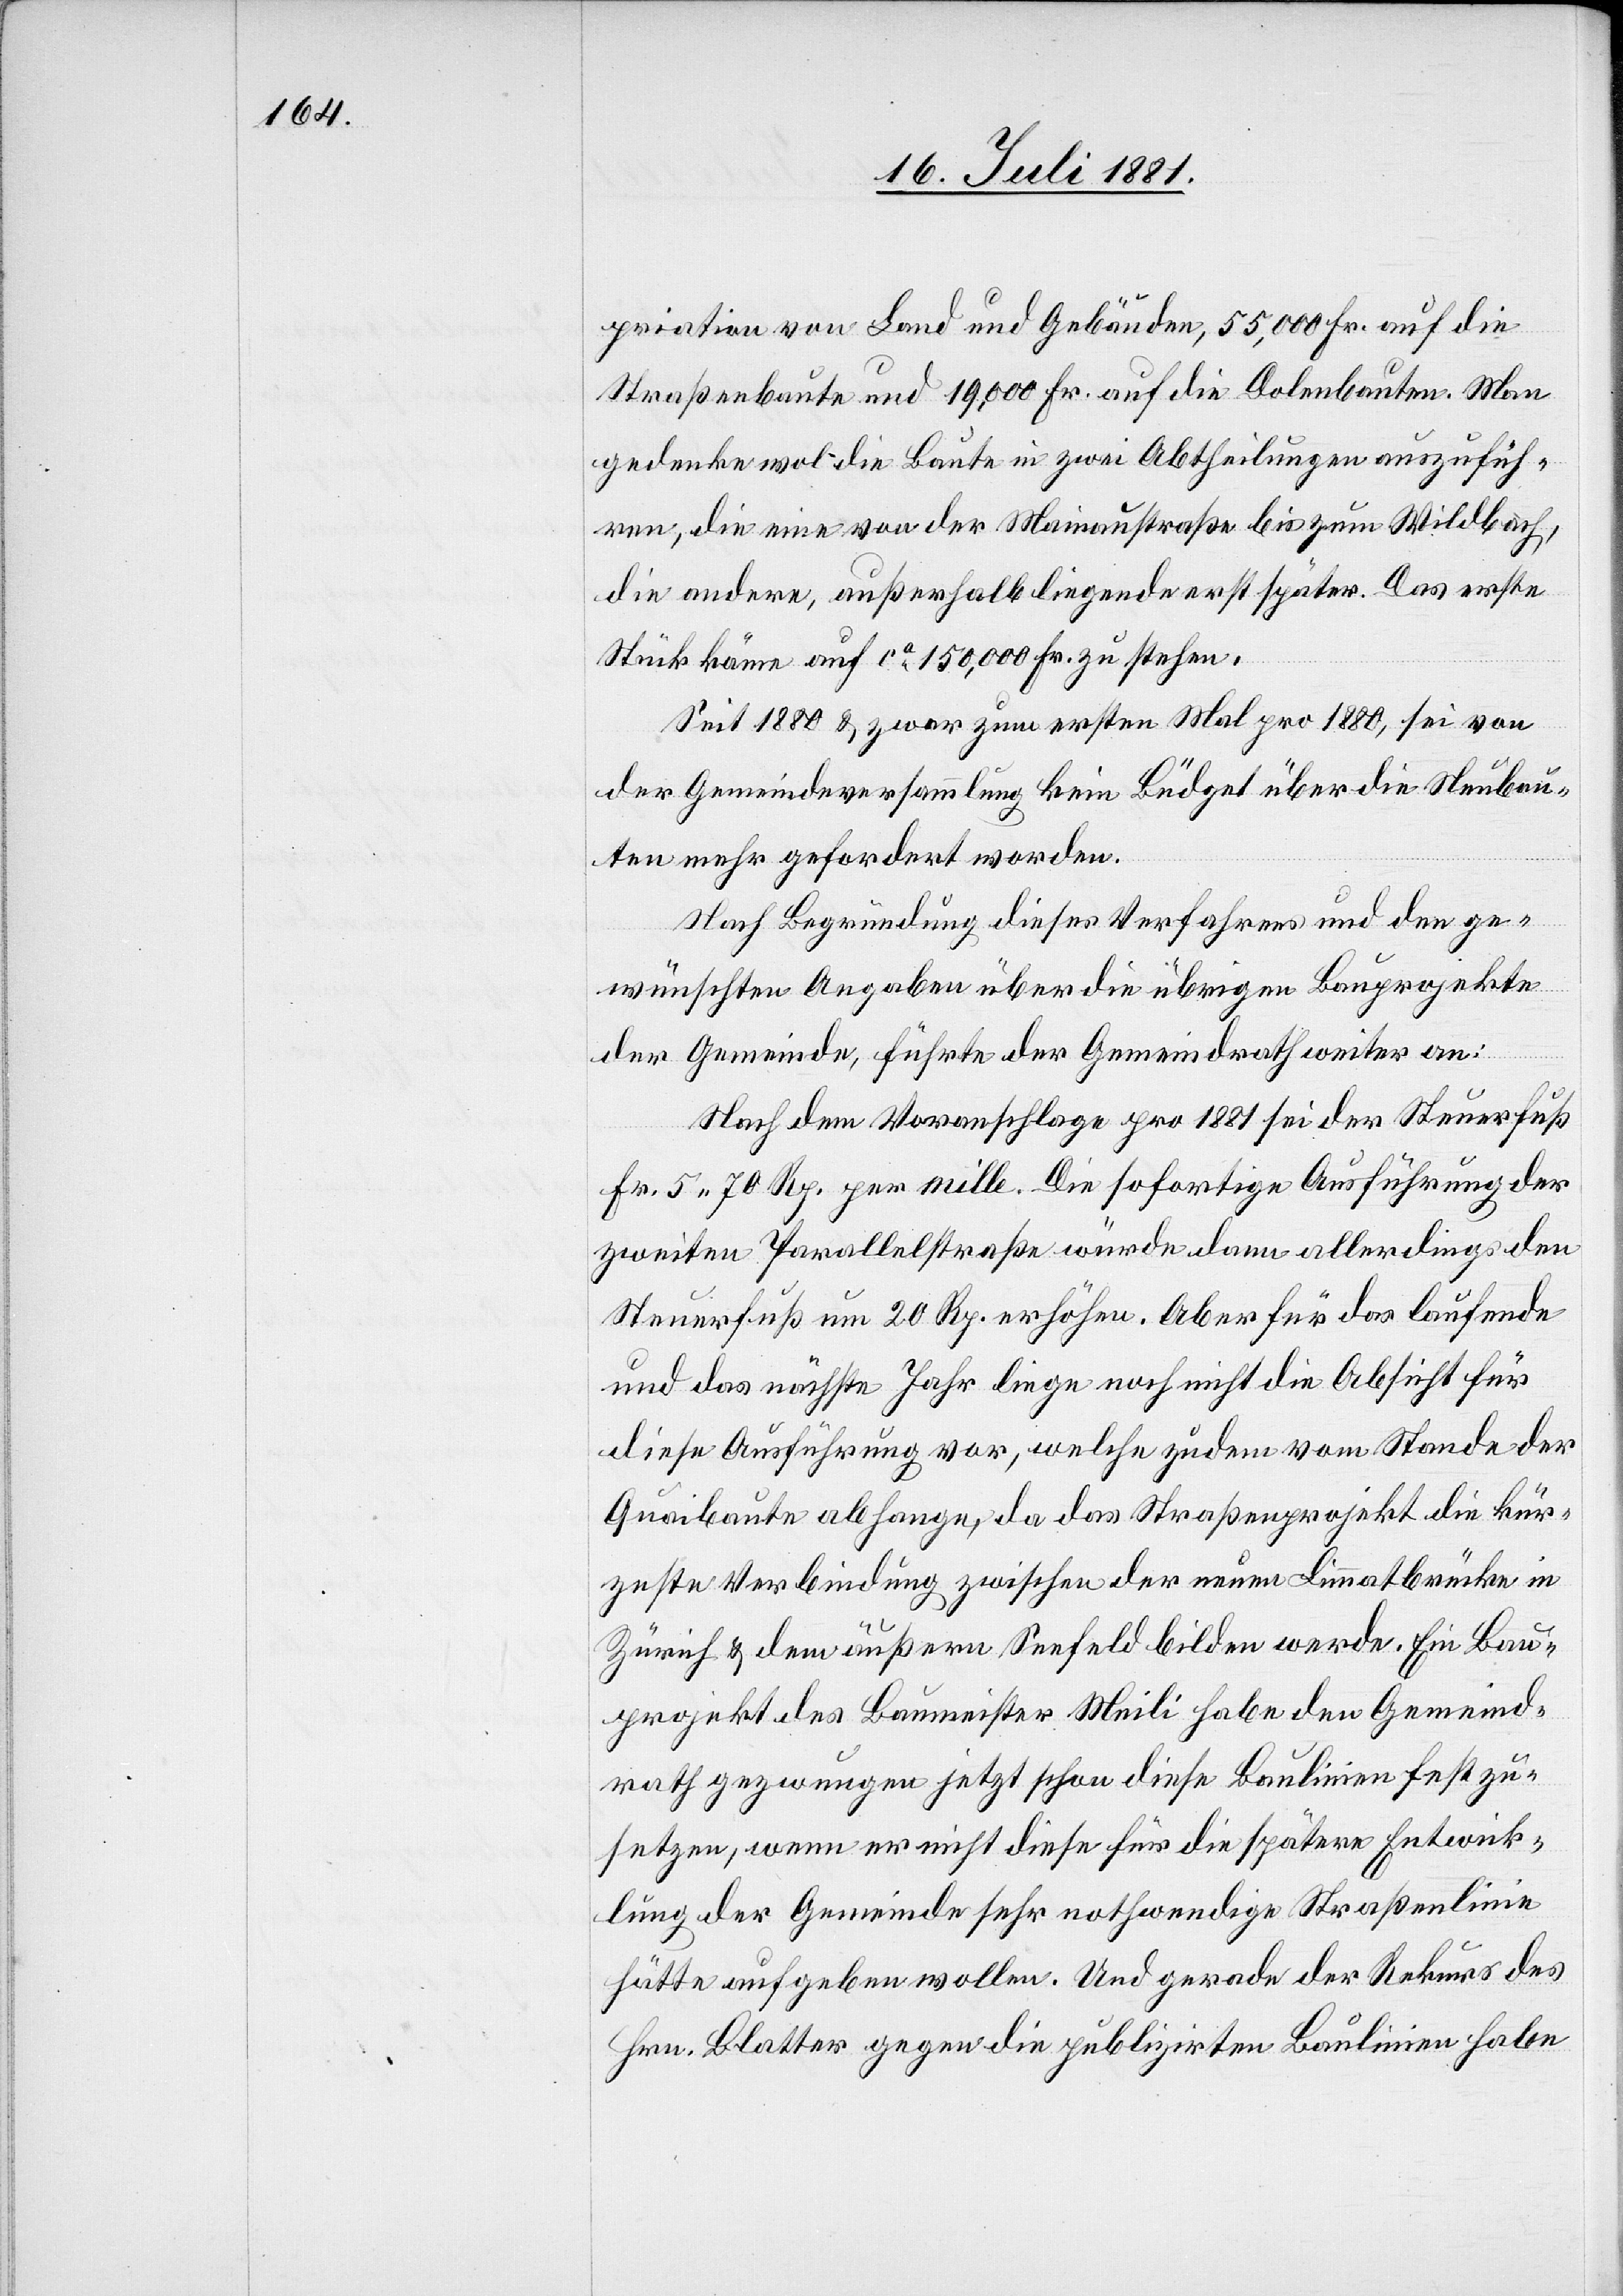
priation von Land und Gebäude, 55,000 Fr. auf die
Straßenbauten und 19,000 Fr. auf die Dolenbauten. Man
gedenke wol die Baute in zwei Abtheilungen auszulief¬
ern, die eine von der Mainaustraße bis zum Wildbach,
die andere, außerhalb liegende erst später. Das erste
Stück käme auf ca 150,000 Fr. zu stehen.
Seit 1880 & zwar zum ersten Mal pro 1880, sei von
der Gemeindeversammlung kein Budget über die Neubau¬
ten mehr gefordert worden.
Nach Begründung dieses Verfahrens und den ge¬
wünschten Angaben über die übrigen Bauprojekte
der Gemeinde, führte der Gemeindrath weiter an:
Nach dem Voranschlage pro 1881 sei der Steuerfuß
Fr. 5 70 Rp. per mille. Die sofortige Ausführung der
zweiten Parallelstraße würde dann allerdings den
Steuerfuß um 20 Rp. erhöhen. Aber für das laufende
und das nächste Jahr liege noch nicht die Absicht für
diese Ausführung vor, welche zudem vom Stande der
Quaibaute abhange, da das Straßenprojekt die kür¬
zeste Verbindung zwischen der neuen Limmatbrücke in
Zürich & dem äußern Seefeld bilden werde. Ein Bau¬
projekt des Baumeister Meili habe den Gemeind¬
rath gezwungen jetzt schon diese Baulinie fest zu¬
setzen , wenn er nicht diese für die spätere Entwick¬
lung der Gemeinde sehr nothwendige Straßenlinie
hätte aufgeben wollen. Und gerade der Rekurs des
Hrn. Blatter gegen die publizirten Baulinien habe